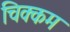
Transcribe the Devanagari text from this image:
चिक्कम